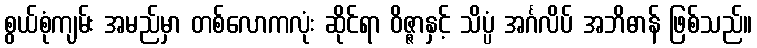
စွယ်စုံကျမ်း အမည်မှာ တစ်လောကလုံး ဆိုင်ရာ ဝိဇ္ဇာနှင့် သိပ္ပံ အင်္ဂလိပ် အဘိဓာန် ဖြစ်သည်။